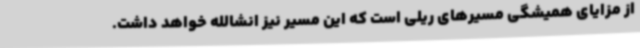
از مزایای همیشگی مسیرهای ریلی است که این مسیر نیز انشالله خواهد داشت.